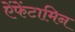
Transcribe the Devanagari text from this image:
ऐंफेंटामिन